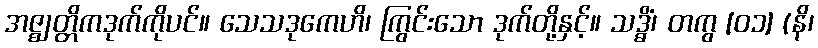
အဇ္ဈတ္တိကဒုက်ကိုပင်။ သေသဒုကေဟိ၊ ကြွင်းသော ဒုက်တို့နှင့်။ သဒ္ဓိံ၊ တကွ [၀၁] (နိ၊